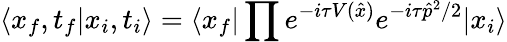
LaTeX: \langle x_{f},t_{f}|x_{i},t_{i}\rangle=\langle x_{f}|\prod e^{-i\tau V(\hat{x})}e^{-i\tau\hat{p}^{2}/2}|x_{i}\rangle